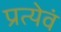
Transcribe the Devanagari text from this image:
प्रत्येवं